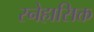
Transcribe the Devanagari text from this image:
स्नेहासिक्त